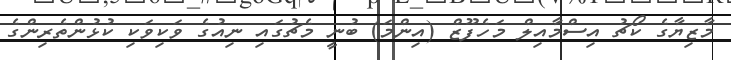
މާޒިޔާގެ ކޯޗު އިސްމާއިލް މަހެފޫޒް (އިންމަ) ބުނީ މެޗުގައި ނިއުގެ ވަކިވަކި ކުޅުންތެރިންގެ